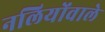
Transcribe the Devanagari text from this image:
नलियोंवाले